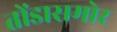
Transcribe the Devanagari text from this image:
तोंडासमोर